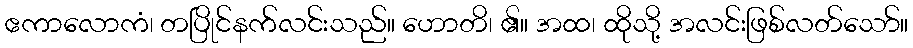
ဧကာလောကံ၊ တပြိုင်နက်လင်းသည်။ ဟောတိ၊ ၏။ အထ၊ ထိုသို့ အလင်းဖြစ်လတ်သော်။